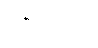
ခရီးသည်